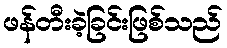
ဖန်တီးခဲ့ခြင်းဖြစ်သည်